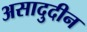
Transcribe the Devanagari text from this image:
असादुदीन